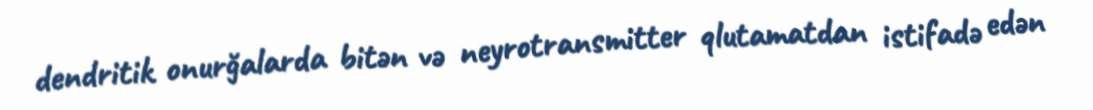
dendritik onurğalarda bitən və neyrotransmitter qlutamatdan istifadə edən